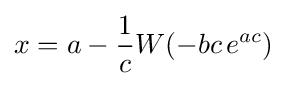
x=a-{\frac {1}{c}}W(-bc\,e^{ac})